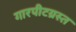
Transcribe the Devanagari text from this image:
गारपीटग्रस्त